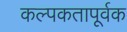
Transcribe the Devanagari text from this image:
कल्पकतापूर्वक